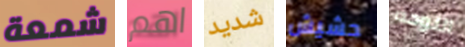
شمعة اهم شديد حشيش اللوحه